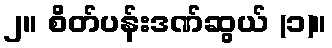
၂။ စိတ်ပန်းဒဏ်ဆွယ် (၁)။